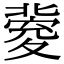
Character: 𡕶